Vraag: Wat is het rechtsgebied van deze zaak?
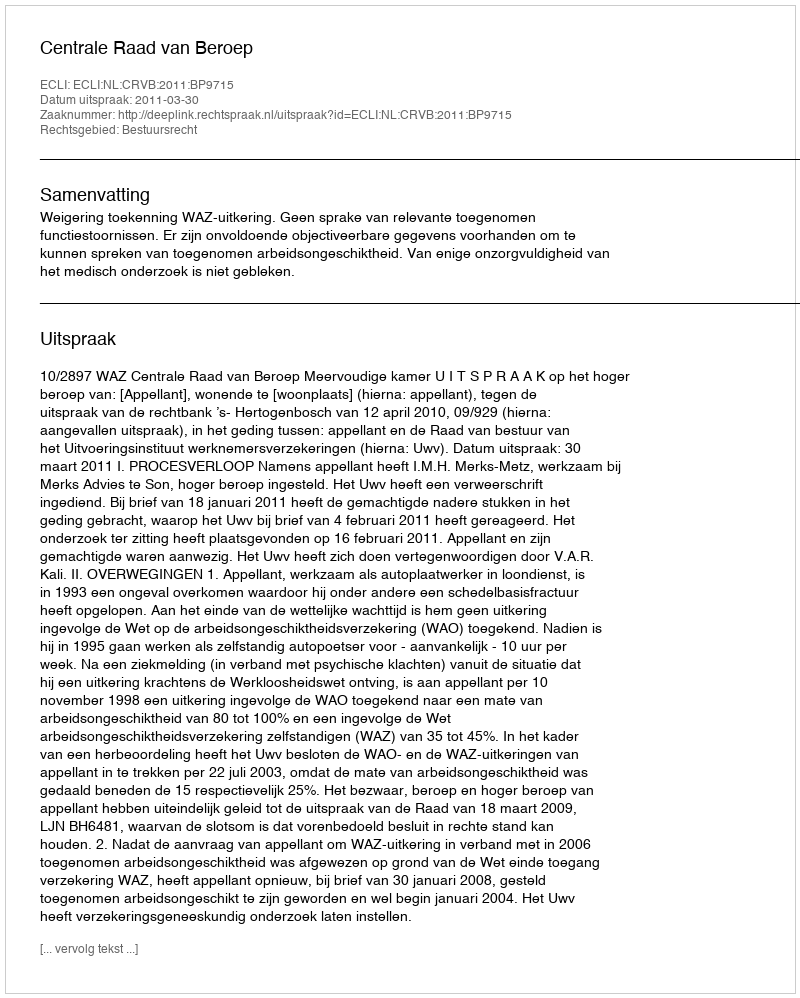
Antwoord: Bestuursrecht